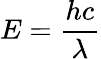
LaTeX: E={\frac{hc}{\lambda}}